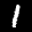
Label: 1